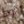
أوه